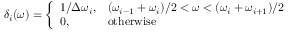
\delta _ { i } ( \omega ) = \left\{ \begin{array} { l l } { 1 / \Delta \omega _ { i } , } & { ( \omega _ { i - 1 } + \omega _ { i } ) / 2 < \omega < ( \omega _ { i } + \omega _ { i + 1 } ) / 2 } \\ { 0 , } & { \mathrm { o t h e r w i s e } } \end{array} \right.